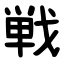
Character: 戦